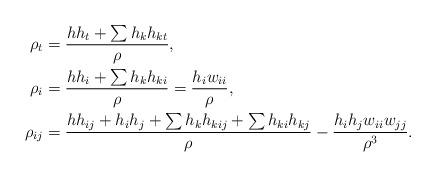
LaTeX: \begin{align*}\rho_{t}&=\frac{h h_{t}+\sum h_{k}h_{kt}}{\rho},\\\rho_{i}&=\frac{hh_{i}+\sum h_{k}h_{ki}}{\rho}=\frac{h_{i}w_{ii}}{\rho},\\\rho_{ij}&=\frac{hh_{ij}+h_{i}h_{j}+\sum h_{k}h_{kij}+\sum h_{ki}h_{kj}}{\rho}-\frac{h_{i}h_{j}w_{ii}w_{jj}}{\rho^{3}}.\end{align*}